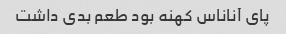
پای آناناس کهنه بود طعم بدی داشت